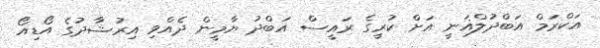
އަކްރަމް އަބްދުލްޣަނީ އަށް ކުރީގެ ރައީސް އަބްދު ޔާމީން ދެއްވި އިރުޝާދުގެ އޯޑިއޯ